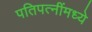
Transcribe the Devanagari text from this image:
पतिपत्‍नींमध्ये